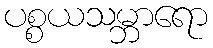
ပစ္စယသမ္ဘာရော